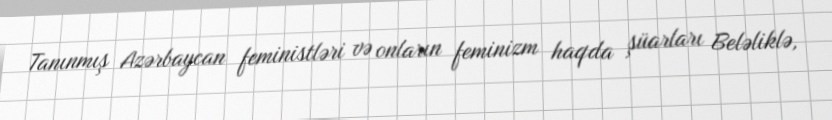
Tanınmış Azərbaycan feministləri və onların feminizm haqda şüarları Beləliklə,